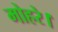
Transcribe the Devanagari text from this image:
मोहरे।